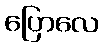
ပြောလေ